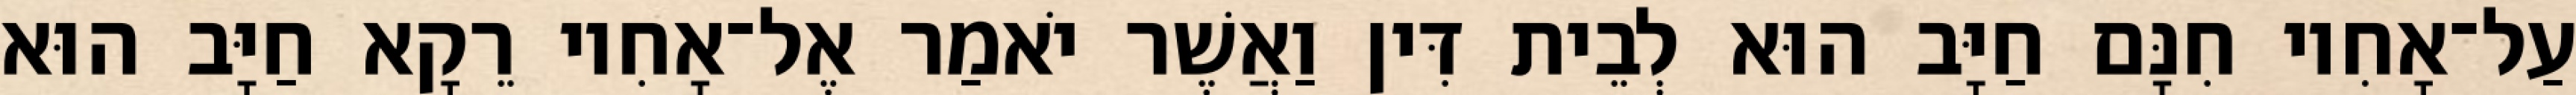
עַל־אָחִיו חִנָּם חַיָּב הוּא לְבֵית דִּין וַאֲשֶׁר יֹאמַר אֶל־אָחִיו רֵקָא חַיָּב הוּא